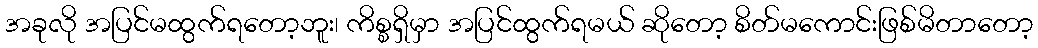
အခုလို အပြင်မထွက်ရတော့ဘူး၊ ကိစ္စရှိမှာ အပြင်ထွက်ရမယ် ဆိုတော့ စိတ်မကောင်းဖြစ်မိတာတော့